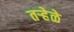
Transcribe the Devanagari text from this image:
तऱ्हेळे